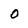
Character: 0